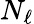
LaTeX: N_{\ell}